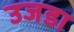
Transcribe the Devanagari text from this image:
उजडा